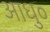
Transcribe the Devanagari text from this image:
आधु०